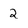
Character: 2